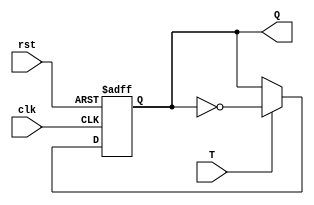
`timescale 1ns / 1ps
//////////////////////////////////////////////////////////////////////////////////
// Company: 
// Engineer: 
// 
// Design Name: 
// Module Name: TFF
// Project Name: 
// Target Devices: 
// Tool Versions: 
// Description: 
// 
// Dependencies: 
// 
// Revision:
// Revision 0.01 - File Created
// Additional Comments:
// 
//////////////////////////////////////////////////////////////////////////////////


module TFF(clk, rst, T, Q);

input clk, rst, T;
output reg Q;

always @(posedge clk or negedge rst) begin
    if(!rst)
        Q <= 1'b0;
    else if(T)
        Q <= ~Q;    
end

endmodule